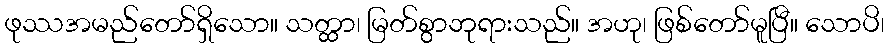
ဖုဿအမည်တော်ရှိသော။ သတ္ထာ၊ မြတ်စွာဘုရားသည်။ အဟု၊ ဖြစ်တော်မူပြီ။ သောပိ၊